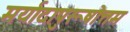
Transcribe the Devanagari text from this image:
मर्यादापुरूषोत्तम